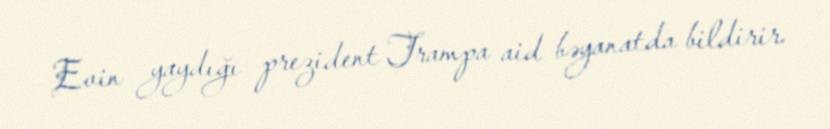
Evin yaydığı prezident Trampa aid bəyanatda bildirir.